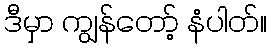
ဒီမှာ ကျွန်တော့် နံပါတ်။